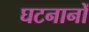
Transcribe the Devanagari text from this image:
घटनानों